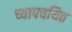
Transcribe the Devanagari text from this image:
च्यापचयित